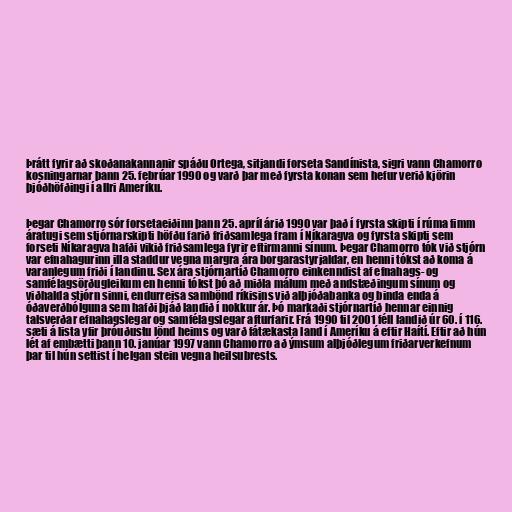
Þrátt fyrir að skoðanakannanir spáðu Ortega, sitjandi forseta Sandínista, sigri vann Chamorro
kosningarnar þann 25. febrúar 1990 og varð þar með fyrsta konan sem hefur verið kjörin
þjóðhöfðingi í allri Ameríku.

Þegar Chamorro sór forsetaeiðinn þann 25. apríl árið 1990 var það í fyrsta skipti í rúma fimm
áratugi sem stjórnarskipti höfðu farið friðsamlega fram í Níkaragva og fyrsta skipti sem
forseti Níkaragva hafði vikið friðsamlega fyrir eftirmanni sínum. Þegar Chamorro tók við stjórn
var efnahagurinn illa staddur vegna margra ára borgarastyrjaldar, en henni tókst að koma á
varanlegum friði í landinu. Sex ára stjórnartíð Chamorro einkenndist af efnahags- og
samfélagsörðugleikum en henni tókst þó að miðla málum með andstæðingum sínum og
viðhalda stjórn sinni, endurreisa sambönd ríkisins við alþjóðabanka og binda enda á
óðaverðbólguna sem hafði þjáð landið í nokkur ár. Þó markaði stjórnartíð hennar einnig
talsverðar efnahagslegar og samfélagslegar afturfarir. Frá 1990 til 2001 féll landið úr 60. í 116.
sæti á lista yfir þróuðustu lönd heims og varð fátækasta land í Ameríku á eftir Haítí. Eftir að hún
lét af embætti þann 10. janúar 1997 vann Chamorro að ýmsum alþjóðlegum friðarverkefnum
þar til hún settist í helgan stein vegna heilsubrests.